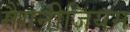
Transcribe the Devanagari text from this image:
मैंगनीजियम